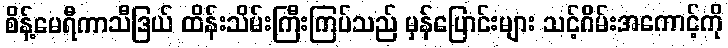
စိန့်မေရီကာသီဒြယ် ထိန်းသိမ်းကြီးကြပ်သည် မှန်ပြောင်းများ သင့်ဂိမ်းအကောင့်ကို